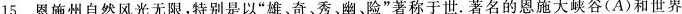
15.恩施州自然风光无限，特别是以”雄、奇、秀、幽、险”著称于世。著名的恩施大峡谷(A)和世界